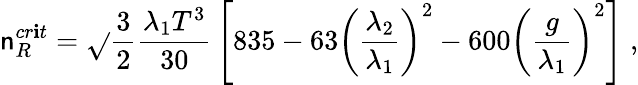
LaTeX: \mathsf{n}_{R}^{cr\mathbf{i}t}=\sqrt{}{{\frac{{3}}{{2}}}}{\frac{{\lambda_{1}T^{3}}}{{30}}}\left[835-63\left({\frac{{\lambda_{2}}}{{\lambda_{1}}}}\right)^{2}-600\left({\frac{{g}}{{\lambda_{1}}}}\right)^{2}\right]\; ,